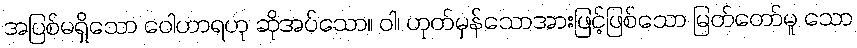
အပြစ်မရှိသော ဝေါဟာရဟု ဆိုအပ်သော။ ဝါ၊ ဟုတ်မှန်သောအားဖြင့်ဖြစ်သော မြတ်တော်မူ သော